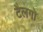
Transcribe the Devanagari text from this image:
टैलगो